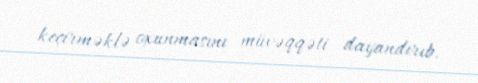
keçirməklə oxunmasını müvəqqəti dayandırıb.